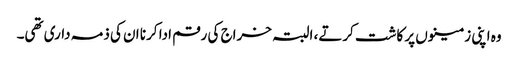
وہ اپنی زمینوں پر کاشت کرتے، البتہ خراج کی رقم ادا کرنا ان کی ذمہ داری تھی۔